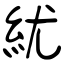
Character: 紌